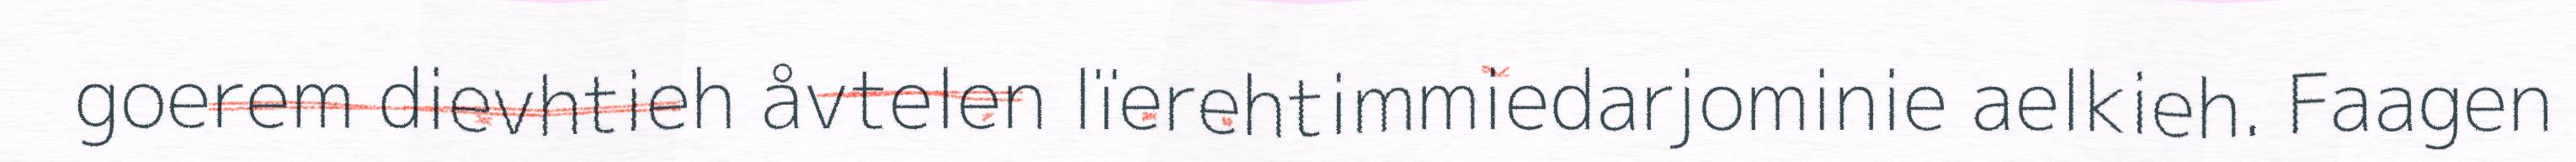
goerem dievhtieh åvtelen lïerehtimmiedarjominie aelkieh. Faagen